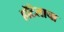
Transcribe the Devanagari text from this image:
हॉटेलाचा